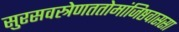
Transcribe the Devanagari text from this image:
सुरसवस्त्रेणततोमांजिष्ठवाससा